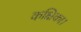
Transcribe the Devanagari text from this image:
कक्षिका।